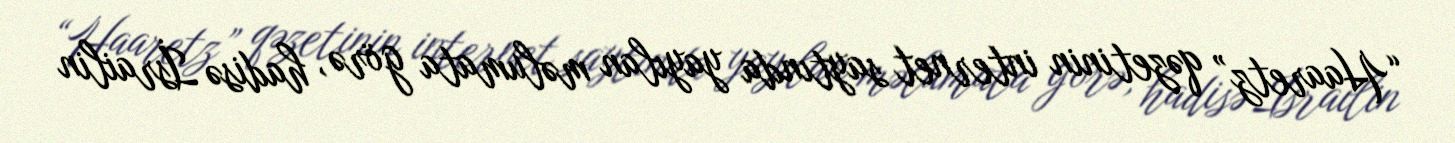
“Haaretz” qəzetinin internet saytında yayılan məlumata görə, hadisə İsrailin